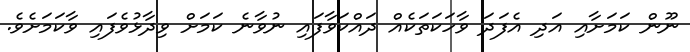
ނޫން ކަމަށާއި އަދި އެފަދަ ވާހަކަތަކެއް ދައްކަވާފައި ނުވާނެ ކަމަށް ވިދާޅުވެފައި ވާކަމަށެވެ.